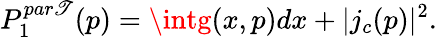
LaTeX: P_{1}^{par\mathscr{T}}(p)=\intg(x,p)dx+|j_{c}(p)|^{2}.